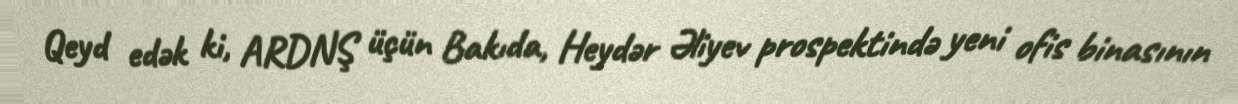
Qeyd edək ki, ARDNŞ üçün Bakıda, Heydər Əliyev prospektində yeni ofis binasının